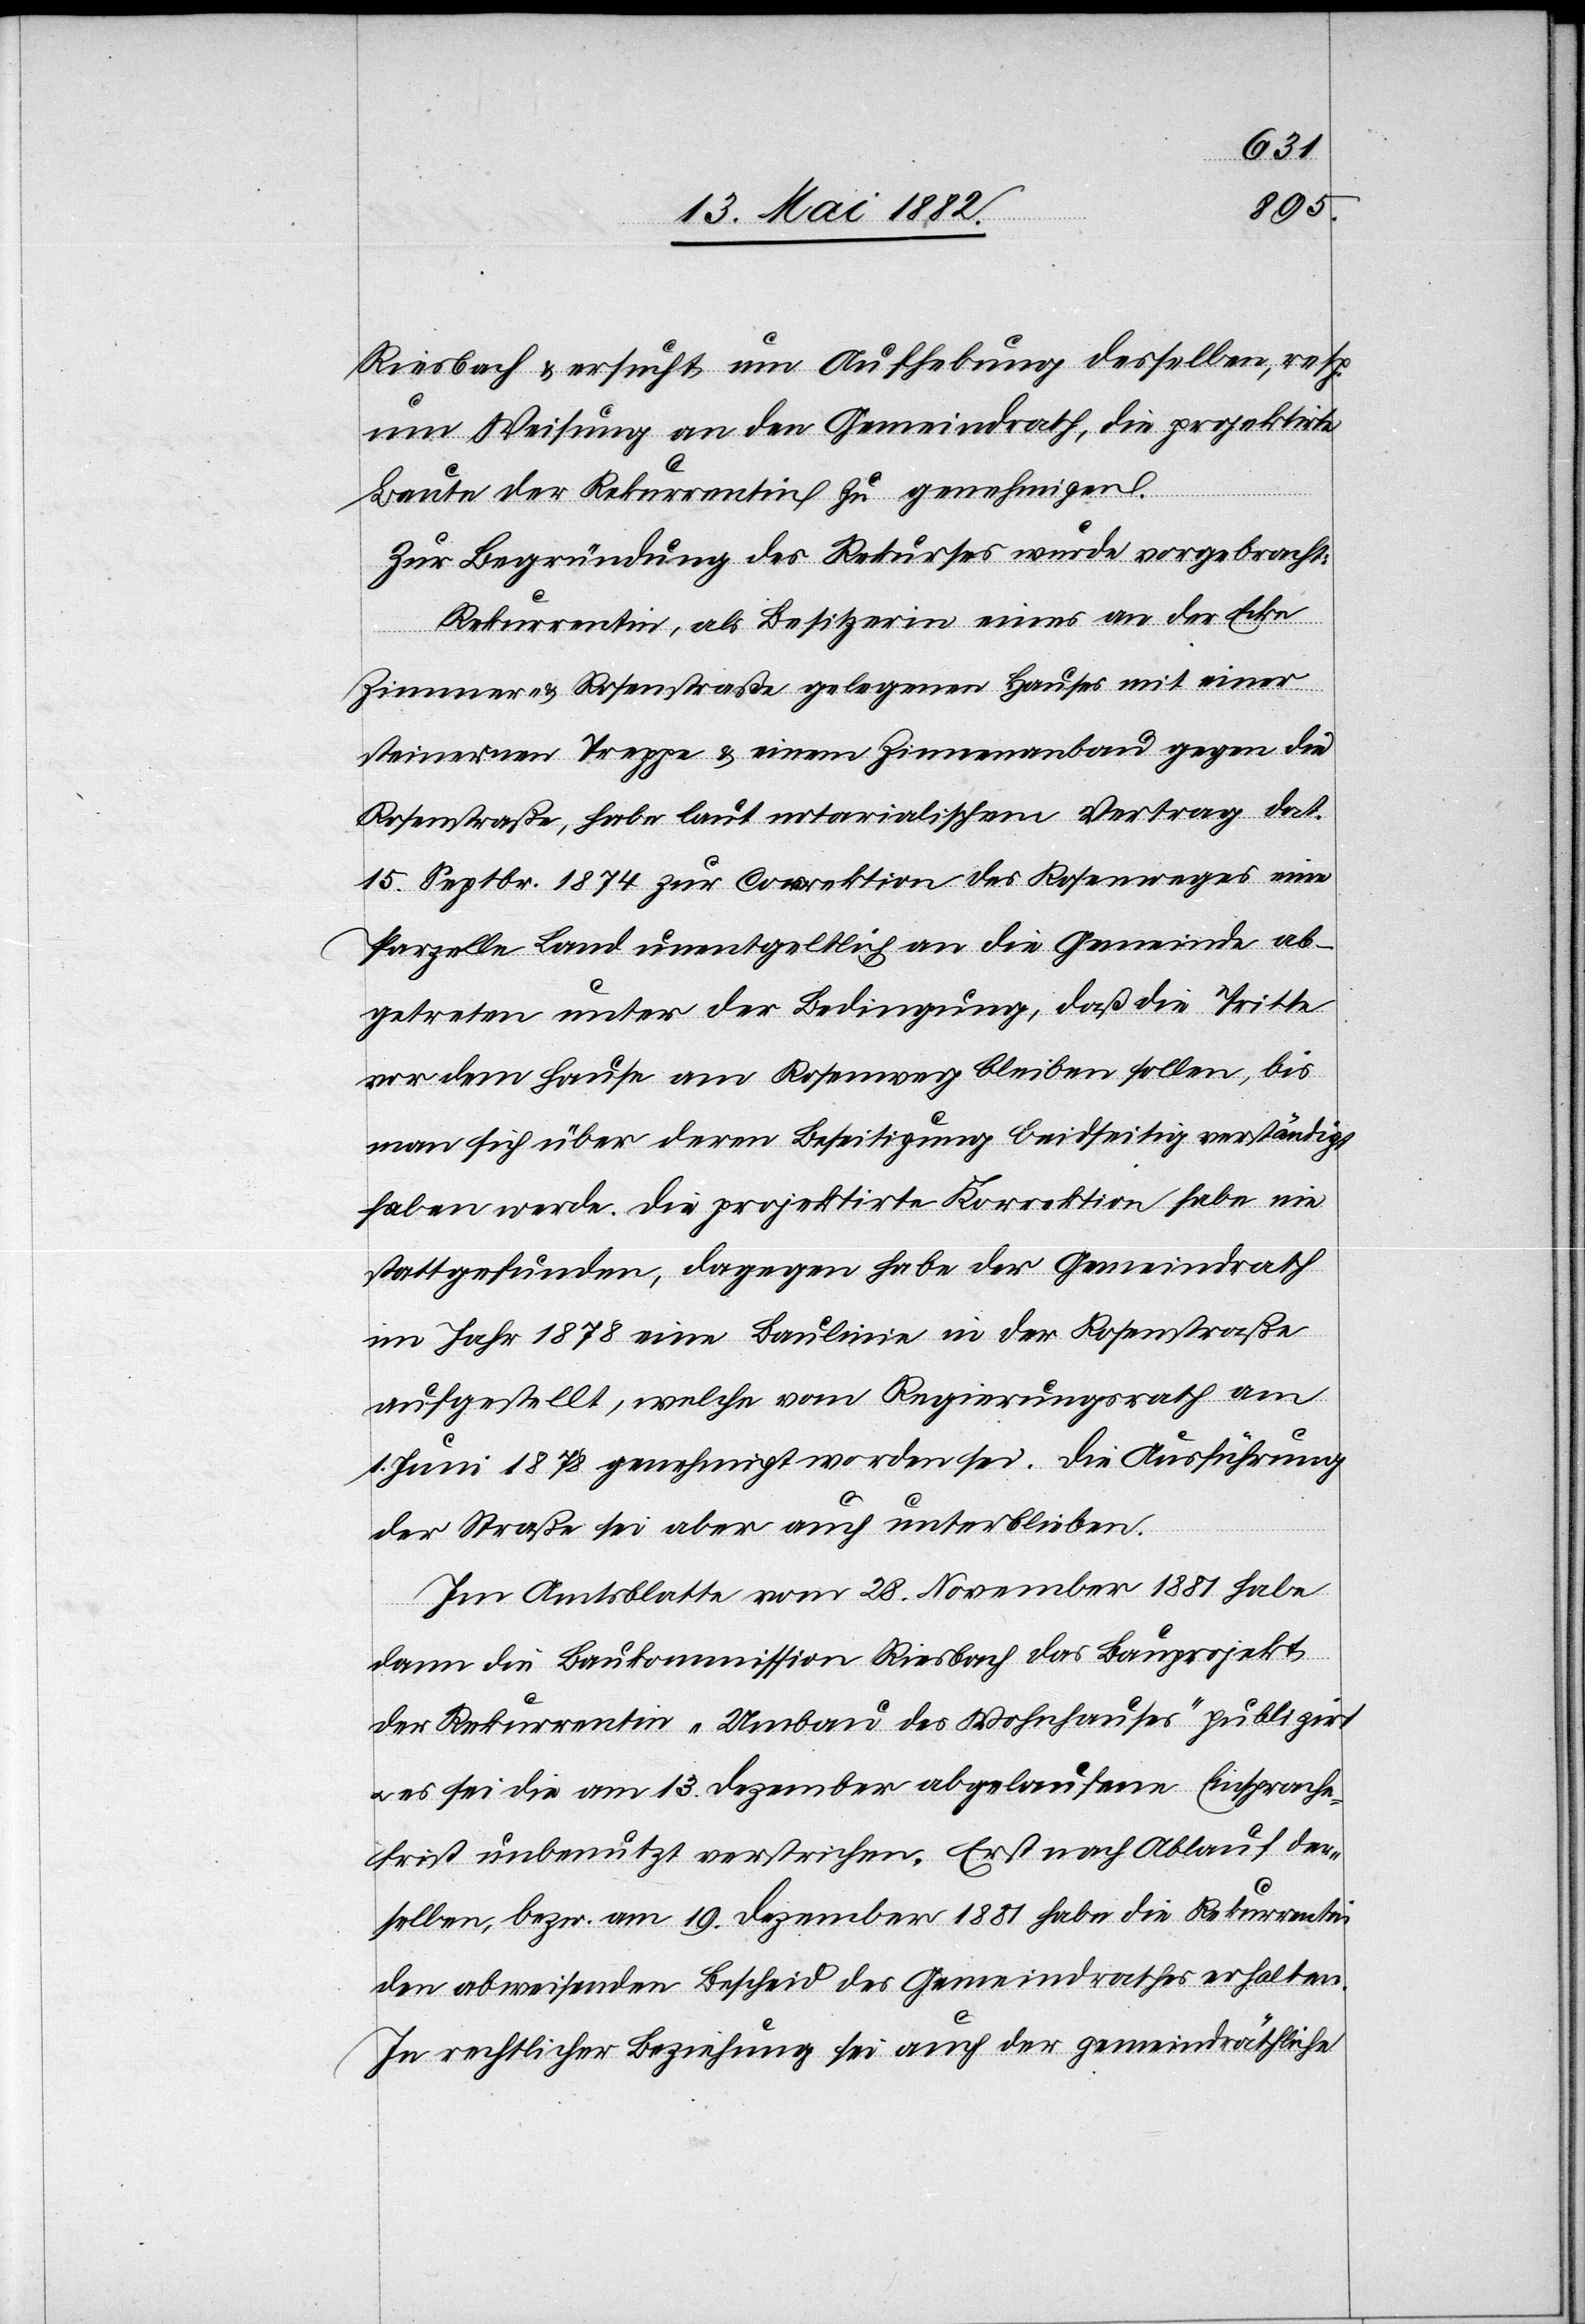
Riesbach & ersucht um Aufhebung desselben, resp.
um Weisung an den Gemeindrath, die projektirte
Baute der Rekurrentin zu genehmigen.
Zur Begründung des Rekurses wird vorgebracht:
Rekurrentin, als Besitzerin eines an der Ecke
Zimmer- & Rosenstraße gelegenen Hauses mit einer
steinern Treppe & einem Zinnenanbau gegen die
Rosenstraße, habe laut notarialischem Vertrag dat.
15. Septbr. 1874 zur Correktion des Rosenweges eine
Parzelle Land unentgeltlich an die Gemeinde ab¬
getreten unter der Bedingung, daß die Tritte
vor dem Hause am Rosenweg bleiben sollen, bis
man sich über deren Beseitigung beidseitig verständigt
haben werde. Die projektirte Korrektion habe nie
stattgefunden, dagegen habe der Gemeindrath
im Jahr 1878 eine Baulinie in der Rosenstraße
aufgestellt, welche vom Regierungsrath am
1. Juni 1878 genehmigt worden sei. Die Ausführung
der Straße sei aber auch unterblieben.
Im Amtsblatte vom 28. November 1881 habe
dann die Baukommission Riesbach das Bauprojekt
der Rekurrentin „Umbau des Wohnhauses“ publizirt
es sei die am 13. Dezember abgelaufene Einsprache¬
frist unbenutzt verstrichen. Erst nach Ablauf der¬
selben, bezw. am 19. Dezember 1881 habe die Rekurrentin
den abweisenden Bescheid des Gemeindrathes erhalten.
In rechtlicher Beziehung sei auch der gemeindräthliche